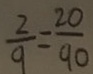
\frac { 2 0 } { 9 } = \frac { 2 0 } { 9 0 }